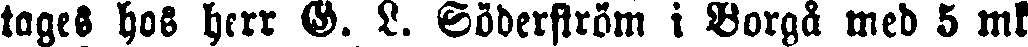
tages hos herr G. L. Söderström i Borgå med 5 mk